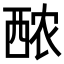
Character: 䙶